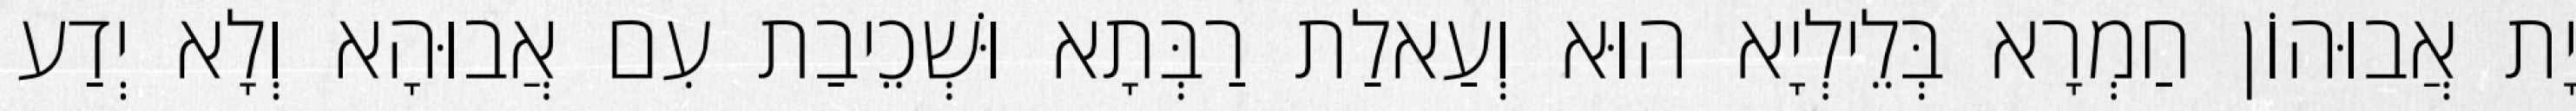
יָת אֲבוּהוֹן חַמְרָא בְּלֵילְיָא הוּא וְעַאלַת רַבְּתָא וּשְׁכֵיבַת עִם אֲבוּהָא וְלָא יְדַע